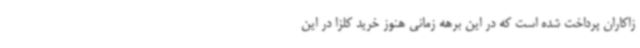
زاکاران پرداخت شده است که در این برهه زمانی هنوز خرید کلزا در این